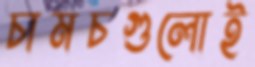
চামচগুলোই